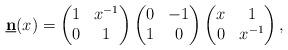
LaTeX: \begin{align*} \underline{\mathbf{n}}(x) = \begin{pmatrix} 1 & x^{-1} \\ 0 & 1 \end{pmatrix} \begin{pmatrix} 0 & -1 \\ 1 & 0 \end{pmatrix} \begin{pmatrix} x & 1 \\ 0 & x^{-1} \end{pmatrix},\end{align*}